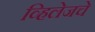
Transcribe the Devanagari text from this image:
व्हिलेजचे